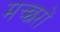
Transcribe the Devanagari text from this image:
मच्‍छरों